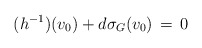
\begin{align*}(h^{-1})(v_0)+ d\sigma_G(v_0)\,=\, 0 \end{align*}